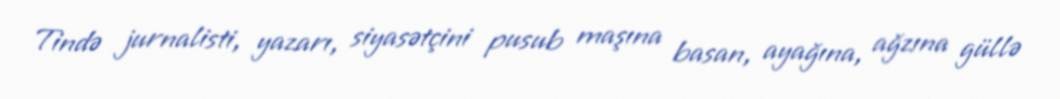
Tində jurnalisti, yazarı, siyasətçini pusub maşına basan, ayağına, ağzına güllə